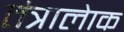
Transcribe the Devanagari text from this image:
तंत्रालेाक